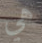
هي